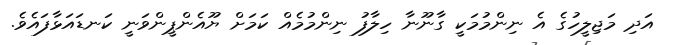
އަދި މަޖިލީހުގެ އެ ނިންމުމަކީ ގާނޫނާ ހިލާފު ނިންމުމެއް ކަމަށް ޔޫއެންޕީންވަނީ ކަނޑައަޅާފައެވެ.